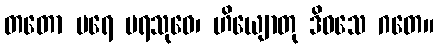
တတော ပရေ ပရသုဝေ၊ ဟိယျောတု ဒိဝသေ ဂတေ။